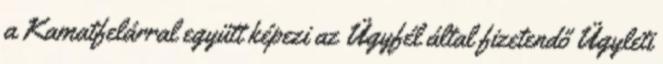
a Kamatfelárral együtt képezi az Ügyfél által fizetendő Ügyleti